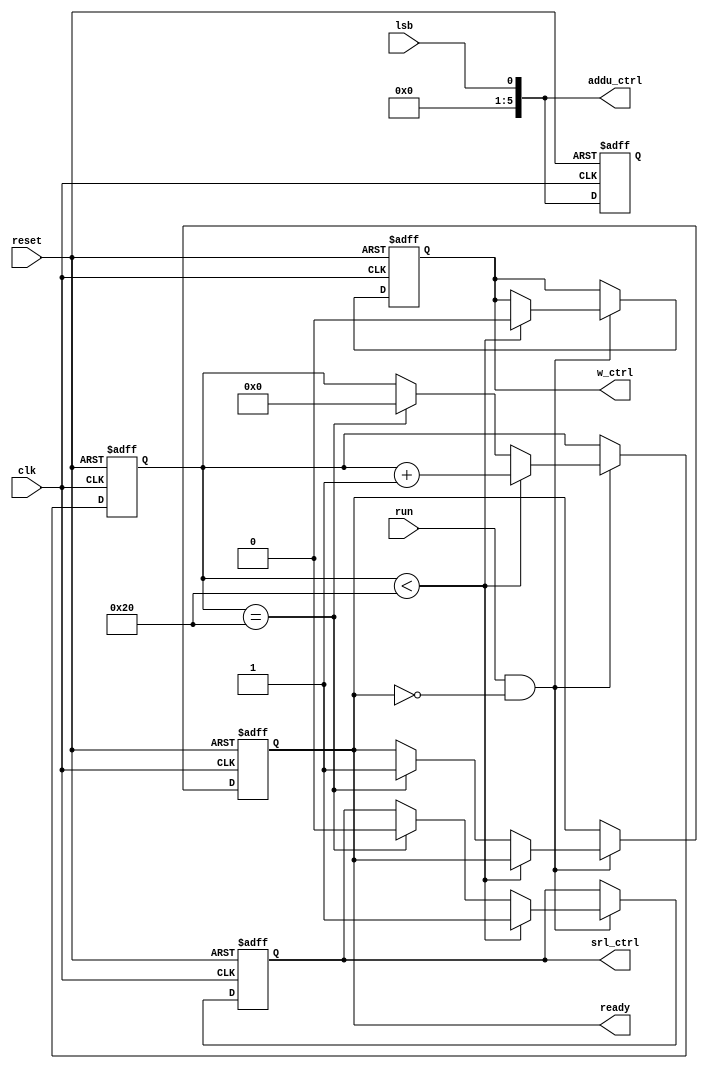
module Control (
    input reset,run,clk,lsb,
    output reg w_ctrl,srl_ctrl,ready,
    output reg [5:0] addu_ctrl
);
    reg [5:0] counter;

    assign addu_ctrl = {5'b00000,lsb};
    always @(posedge clk or posedge reset) begin
        if(reset == 1) begin
            w_ctrl = 1;
            counter = 0;
            srl_ctrl = 0;
            addu_ctrl = 6'b0;
            ready = 0;
        end
        else if (run == 1 && ready == 0) begin
            if (counter < 32) begin
                w_ctrl = 0;
                srl_ctrl = 1;
                // if (lsb == 1) begin
                //     addu_ctrl = 6'b000001;
                // end
                // else begin
                //     addu_ctrl = 6'b000000;
                // end
                counter = counter + 1;
            end
            else if (counter == 32)begin
                ready = 1;
                counter = 0;
                srl_ctrl = 0;
            end
        end

    end
endmodule